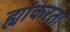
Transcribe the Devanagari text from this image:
ह्यांकरता